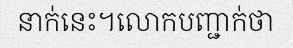
នាក់នេះ។លោកបញ្ជាក់ថា